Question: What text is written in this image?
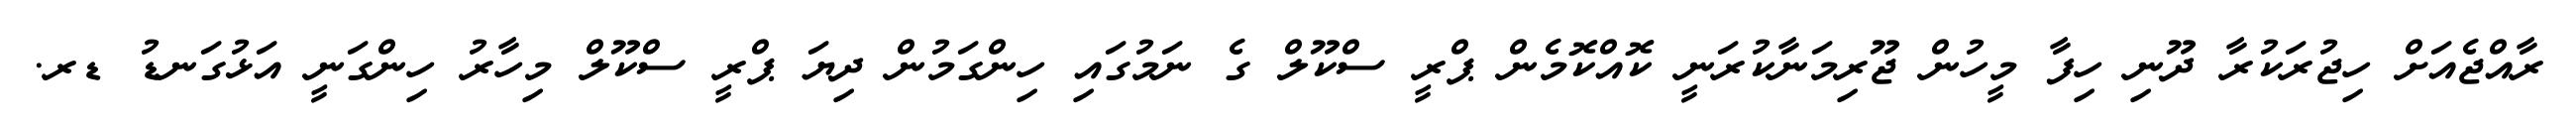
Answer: ރާއްޖެއަށް ހިޖުރަކުރާ ދޫނި ހިފާ މީހުން ޖޫރިމަނާކުރަނީ ކޮއްކޮމެން ޕްރީ ސްކޫލް ގެ ނަމުގައި ހިންގަމުން ދިޔަ ޕްރީ ސްކޫލް މިހާރު ހިންގަނީ އަޅުގަނޑު ޑރ.